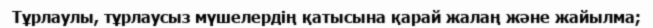
Тұрлаулы, тұрлаусыз мүшелердің қатысына қарай жалаң және жайылма;